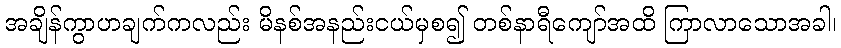
အချိန်ကွာဟချက်ကလည်း မိနစ်အနည်းငယ်မှစ၍ တစ်နာရီကျော်အထိ ကြာလာသောအခါ၊